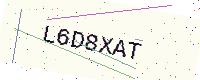
Text: L6D8XAT